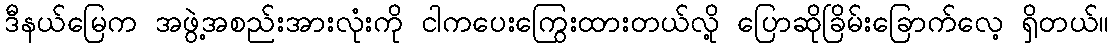
ဒီနယ်မြေက အဖွဲ့အစည်းအားလုံးကို ငါကပေးကြွေးထားတယ်လို့ ပြောဆိုခြိမ်းခြောက်လေ့ ရှိတယ်။